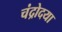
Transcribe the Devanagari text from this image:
चंद्रोदया